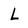
Character: L